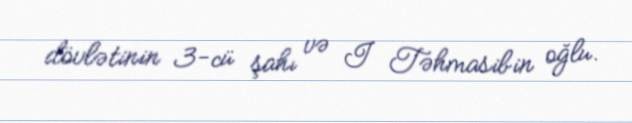
dövlətinin 3-cü şahı və I Təhmasibin oğlu.